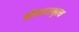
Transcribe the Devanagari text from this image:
कौमारभृत्‍य